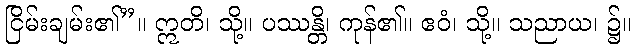
ငြိမ်းချမ်း၏”။ ဣတိ၊ သို့။ ပဿန္တိ၊ ကုန်၏။ ဧဝံ၊ သို့။ သညာယ၊ ၌။